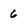
Character: 6